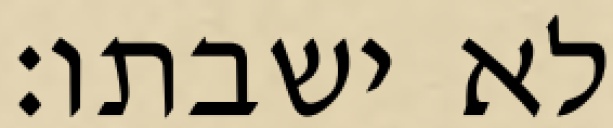
לא ישבתו׃